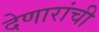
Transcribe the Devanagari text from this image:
देणारांची